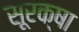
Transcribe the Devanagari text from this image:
सूरक्षा